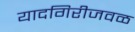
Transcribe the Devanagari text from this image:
यादगिरीजवळ